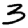
Digit: 3